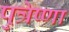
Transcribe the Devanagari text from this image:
पुत्रेष्णा